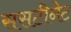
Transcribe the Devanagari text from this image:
ससटीनेट